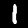
Label: 1